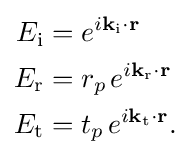
{\begin{aligned}E_{\text{i}}&=e^{i\mathbf {k} _{\text{i}}\mathbf {\cdot r} }\\E_{\text{r}}&=r_{p\,}e^{i\mathbf {k} _{\text{r}}\mathbf {\cdot r} }\\E_{\text{t}}&=t_{p\,}e^{i\mathbf {k} _{\text{t}}\mathbf {\cdot r} }.\end{aligned}}